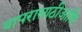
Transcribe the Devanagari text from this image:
वापरासाठीआणि